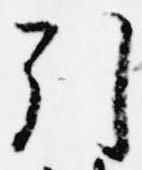
引